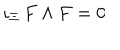
LaTeX: \iota _ { \Xi } \, F \wedge F = 0